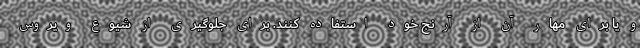
و یا برای مهار آن از آرنج خود استفاده کنند. برای جلوگیری از شیوع ویروس